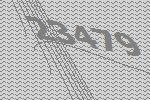
23479